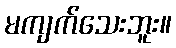
မကျက်သေးဘူး။